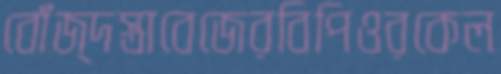
বোঁজ্‌দস্তাবেজেরবিপিওরকেল